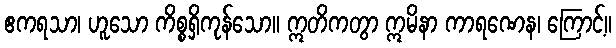
ဧကရသာ၊ ဟူသော ကိစ္စရှိကုန်သော။ ဣတိကတွာ ဣမိနာ ကာရဏေန၊ ကြောင့်။